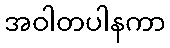
အဝါတပါနကာ